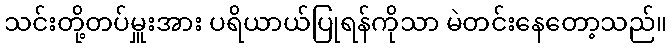
သင်းတို့တပ်မှူးအား ပရိယာယ်ပြုရန်ကိုသာ မဲတင်းနေတော့သည်။